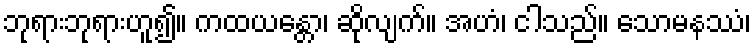
ဘုရားဘုရားဟူ၍။ ကထယန္တော၊ ဆိုလျက်။ အဟံ၊ ငါသည်။ သောမနဿံ၊